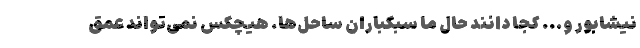
نیشابور و... کجا دانند حال ما سبکباران ساحل‌ها. هیچکس نمی‌تواند عمق